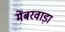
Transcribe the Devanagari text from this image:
मेंबरवाड़ा